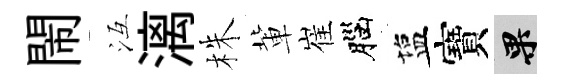
閙冱漓株軰崔腦塩寶果